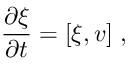
\frac { \partial \xi } { \partial t } = [ \xi , v ] \ ,